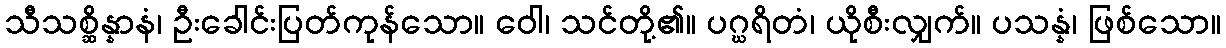
သီသစ္ဆိန္နာနံ၊ ဦးခေါင်းပြတ်ကုန်သော။ ဝေါ၊ သင်တို့၏။ ပဂ္ဃရိတံ၊ ယိုစီးလျှက်။ ပသန္နံ၊ ဖြစ်သော။